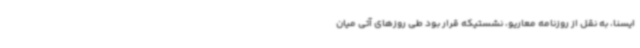
ایسنا، به نقل از روزنامه معاریو، نشستیکه قرار بود طی روزهای آتی میان